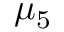
\mu _ { 5 }